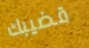
قضيبك